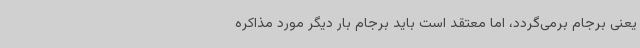
یعنی برجام برمی‌گردد، اما معتقد است باید برجام بار دیگر مورد مذاکره